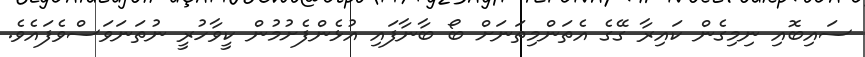
ސައިބޮއި ނިމިގެން ކައިރާ ގޭގެ އެތަންމިތަނަށް ބޯ ބާނާފައި އުޅެންފެށުމުން ކީވާހުރީ ނުތަނަވަސްވެފައެވެ.